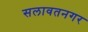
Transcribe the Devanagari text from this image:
सलावतनगर